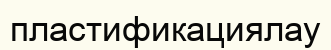
пластификациялау